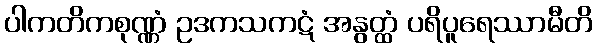
ပါကတိကစုဏ္ဏံ ဥဒကသကဋံ အနွတ္ထံ ပရိပူရေဿာမီတိ